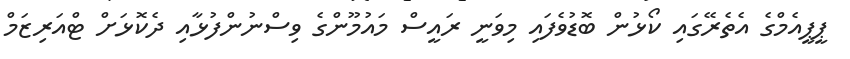
ޕީޕީއެމްގެ އެތެރޭގައި ކޯޅުން ބޮޑުވެފައި މިވަނީ ރައީސް މައުމޫންގެ ވިސްނުންފުޅާއި ދެކޮޅަށް ޓްއަރިޒަމް